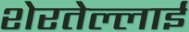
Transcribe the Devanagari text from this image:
शेरतेल्लाई